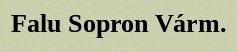
Falu Sopron Várm.